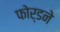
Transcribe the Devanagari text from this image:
फोर्डने